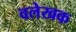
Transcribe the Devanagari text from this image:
वलेखक